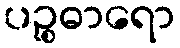
ပဉ္စဓာရော